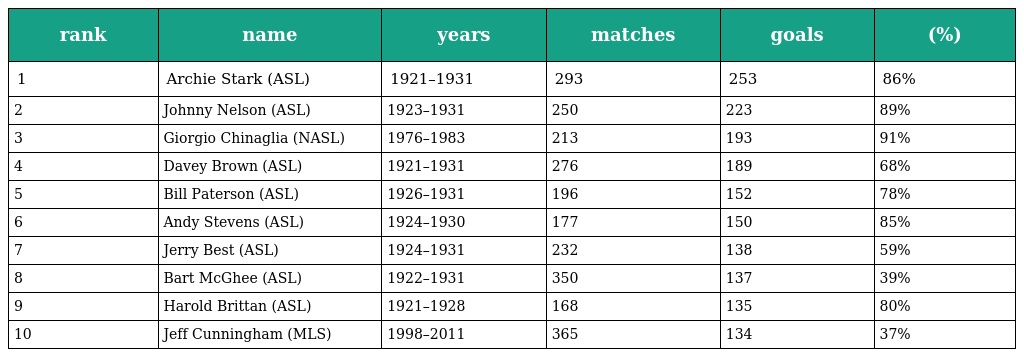
| rank | name | years | matches | goals | (%) |
 | --- | --- | --- | --- | --- | --- |
 | 1 | Archie Stark (ASL) | 1921–1931 | 293 | 253 | 86% |
 | 2 | Johnny Nelson (ASL) | 1923–1931 | 250 | 223 | 89% |
 | 3 | Giorgio Chinaglia (NASL) | 1976–1983 | 213 | 193 | 91% |
 | 4 | Davey Brown (ASL) | 1921–1931 | 276 | 189 | 68% |
 | 5 | Bill Paterson (ASL) | 1926–1931 | 196 | 152 | 78% |
 | 6 | Andy Stevens (ASL) | 1924–1930 | 177 | 150 | 85% |
 | 7 | Jerry Best (ASL) | 1924–1931 | 232 | 138 | 59% |
 | 8 | Bart McGhee (ASL) | 1922–1931 | 350 | 137 | 39% |
 | 9 | Harold Brittan (ASL) | 1921–1928 | 168 | 135 | 80% |
 | 10 | Jeff Cunningham (MLS) | 1998–2011 | 365 | 134 | 37% |